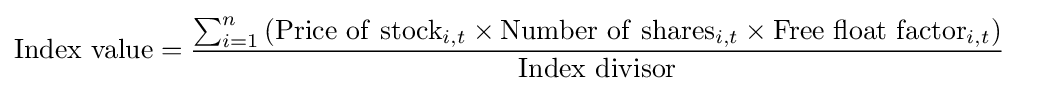
{\begin{aligned}\mathrm {Index~value} &={\frac {\sum _{i=1}^{n}\left(\mathrm {Price~of~stock} _{i,t}\times \mathrm {Number~of~shares} _{i,t}\times \mathrm {Free~float~factor} _{i,t}\right)}{\mathrm {Index~divisor} }}\end{aligned}}